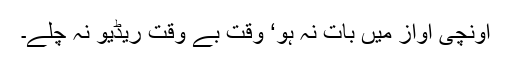
اونچی آواز میں بات نہ ہو‘ وقت بے وقت ریڈیو نہ چلے۔